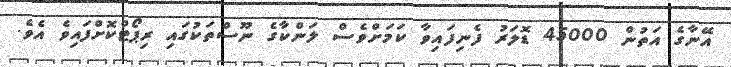
އޭނާގެ އަތުން 45000 ޑޮލަރު ފެނިފައިވާ ކަމަށްވެސް ލަންކާގެ ނޫސްތަކުގައި ރިޕޯޓްކޮށްފައިވެ އެވެ.